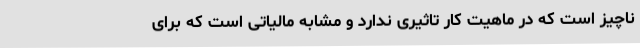
ناچیز است که در ماهیت کار تاثیری ندارد و مشابه مالیاتی ا‌ست که برای